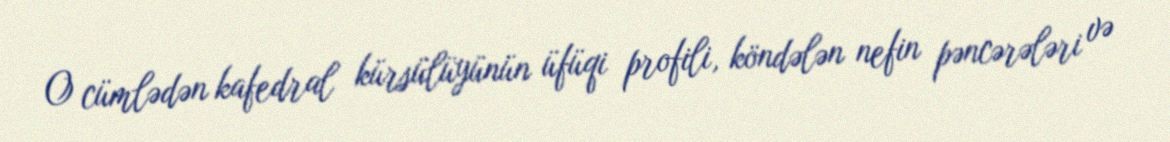
O cümlədən kafedral kürsülüyünün üfüqi profili, köndələn nefin pəncərələri və